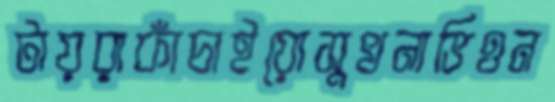
টায়রাকাঁচাইয়োসুখনাভিওন